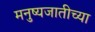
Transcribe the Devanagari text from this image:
मनुष्यजातीच्या